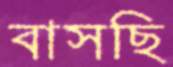
বাসছি